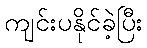
ကျင်းပနိုင်ခဲ့ပြီး